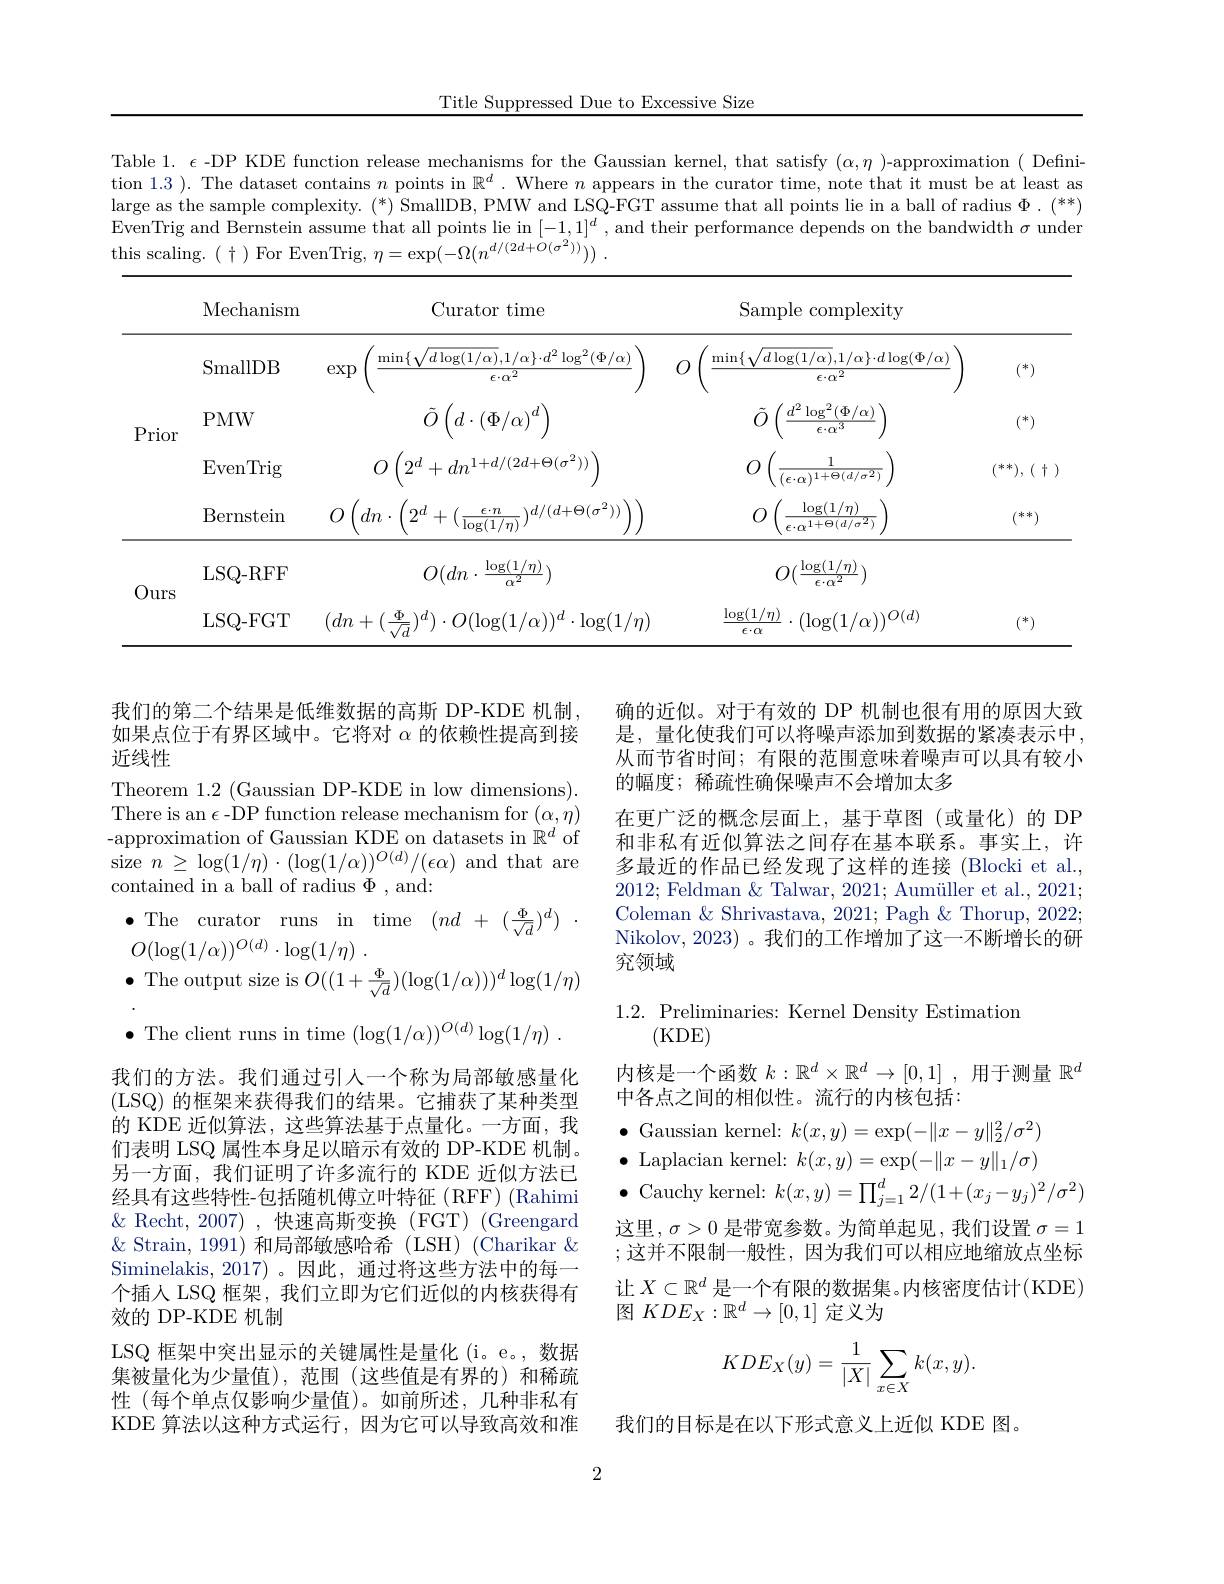
Title Suppressed Due to Excessive Size

Table $1.\epsilon$-DP KDE function release mechanisms for the Gaussian kernel, that satisfy $(\alpha,\eta)$-approximation ( Definition 1.3 ). The dataset contains $n$ points in $\mathbb{R}^d.$ Where $n$ appears in the curator time, note that it must be at least as large as the sample complexity. $(^*)$ SmallDB, PMW and LSQ-FGT assume that all points lie in a ball of radius $\Phi.(^{**})$ EvenTrig and Bernstein assume that all points lie in $[-1,1]^d$, and their performance depends on the bandwidth $\sigma$ under this scaling.(~+~)~For~EvenTrig,~$\eta=\exp(-\Omega(n^{d/(2d+O(\sigma^{2}))}))~.$

<table>
	<tbody>
		<tr>
			<th> </th>
			<th>Mechanism</th>
			<th>Curator time</th>
			<th>Curator time</th>
			<th>Sample $\operatorname{complexity}$</th>
			<th> </th>
		</tr>
		<tr>
			<td rowspan="3">Prior</td>
			<td>SmallDB</td>
			<td>$\operatorname*{min}\{\sqrt{c}$ ${\sqrt{d\log(1/\alpha)}},1/\alpha\}\cdot d^{2}\log^{2}(\Phi/\alpha)$ $xp$ $\epsilon\cdot\alpha^{2}$</td>
			<td>$\operatorname*{min}\{\sqrt{d\log(1/\alpha)},1/\alpha\}\cdot d^{2}\log^{2}(\Phi/\alpha)$ $\epsilon\cdot\alpha^{2}$</td>
			<td>$\operatorname*{min}\{v$ $d\log(1/\alpha),1/\alpha\}\cdot d\log(\Phi/\alpha)$ $\epsilon\cdot\alpha^2$</td>
			<td>$\binom{*}{1}$</td>
		</tr>
		<tr>
			<td>PMW</td>
			<td>$d\cdot\left(\Phi/\alpha\right)^{d}$ 70</td>
			<td>71 $\left(d\cdot\left(\Phi/\alpha\right)^{d}\right)$ T</td>
			<td>$\underline{d^2\log^2(\Phi/\alpha)}$ $\epsilon\cdot\alpha^{3}$</td>
			<td>$\binom{*}{2}$</td>
		</tr>
		<tr>
			<td>$\operatorname{EvenTrig}$</td>
			<td>$2^d$ $\pm dn^{1+d/(2d+\Theta(\sigma^{2}))}$</td>
			<td>$+dn^{1+d/(2d+\Theta(\sigma^{2}))}$ $9d$</td>
			<td>$(\epsilon\cdot\alpha)^{1+\Theta(d/\sigma^{2})}$</td>
			<td>$(^{**}),(1+$</td>
		</tr>
		<tr>
			<td> </td>
			<td>Bernstein</td>
			<td>$\epsilon\cdot n$ $)d/(d+\Theta(\sigma^{2}))$ $dn$ . 200 + $\sqrt{\log(1/\eta)}$</td>
			<td>$)d/(d+\Theta(\sigma^{2}))$ 1 $ln$ $9d$ + $\sqrt{\log(1/\eta)}$ $\epsilon\cdot n$ T 1</td>
			<td>$\log(1/\eta)$ $\epsilon\cdot{\mathcal O}^{1+\Theta(\:d/\sigma^{2})}$</td>
			<td>$\because=k*)$ 1</td>
		</tr>
		<tr>
			<td rowspan="2">Ours 1 -</td>
			<td>LSQ- RFF</td>
			<td>$O( dn$ . $\underline{\log(1/\eta)}$ $\alpha^{2}$</td>
			<td>$O(dn\cdot\frac{\log(1/\eta)}{2})$ $mZ$</td>
			<td>$O({\frac{\log(1/\eta)}{\mathrm{s}}}\times$ $f\cdot g^{2}$</td>
			<td> </td>
		</tr>
		<tr>
			<td>LSQ- FGT</td>
			<td>$dn+(\frac{\Phi}{\sqrt{g}})^{d})\cdot O(\log(1/\alpha))^{d}\cdot\log(1/\eta)$</td>
			<td>$)\cdot O(\log(1/\alpha))^{d}\cdot\log(1/\eta)$</td>
			<td>$\log(1/\eta)$ $\cdot(\log(1/\alpha))^{O(d)}$ $\epsilon\cdot\alpha$</td>
			<td>$\binom{*}{1}$</td>
		</tr>
	</tbody>
</table>

我们的第二个结果是低维数据的高斯 DP-KDE 机制如果点位于有界区域中。它将对$\alpha$的依赖性提高到接近线性

确的近似。对于有效的 DP 机制也很有用的原因大致是，量化使我们可以将噪声添加到数据的紧凑表示中， 从而节省时间；有限的范围意味着噪声可以具有较小的幅度；稀疏性确保噪声不会增加太多
在更广泛的概念层面上，基于草图(或量化)的 DP 和非私有近似算法之间存在基本联系。事实上，许多最近的作品已经发现了这样的连接(Blocki et al., 2012; Feldman & Talwar, 2021; Aumüller et al., 2021; Coleman & Shrivastava, 2021; Pagh & Thorup, 2022; Nikolov, 2023) 。我们的工作增加了这一不断增长的研究领域

## $1.2.{\mathrm{~Preliminaries:~Kernel~Density~Estimation}}$ (KDE)

Theorem 1.2 (Gaussian DP-KDE in low dimensions) There is an $\epsilon$-DP function release mechanism for $(\alpha,\eta)$ -approximation of Gaussian KDE on datasets in $\mathbb{R}^d$ of size $n\geq\log(1/\eta)\cdot(\log(1/\alpha))^{O(d)}/(\epsilon\alpha)$ and that are contained in a ball of radius $\Phi$,and:
$\bullet$The curator runs in time $( nd+ ( \frac \Phi {\sqrt {d}}) ^d)$
$O( \log ( 1/ \alpha ) ) ^{O( d) }\cdot \log ( 1/ \eta )$ .
$\bullet$ The output size is $O((1+\frac{\Phi}{\sqrt{d}})(\log(1/\alpha)))^d\log(1/\eta)$
$\bullet$ The client runs in time $( \log ( 1/ \alpha ) ) ^O( d) \log ( 1/ \eta )$ . 我们的方法。我们通过引人一个称为局部敏感量化(LSQ) 的框架来获得我们的结果。它捕获了某种类型的 KDE 近似算法，这些算法基于点量化。一方面，我们表明 LSQ 属性本身足以暗示有效的 DP-KDE 机制。另一方面，我们证明了许多流行的 KDE 近似方法已经具有这些特性-包括随机傅立叶特征(RFF)(Rahimi $\&$ Recht, 2007),快速高斯变换(FGT)(Greengard $\&$ Strain, 1991)和局部敏感哈希(LSH)(Charikar& Siminelakis, 2017)。因此，通过将这些方法中的每一个插人 LSQ 框架，我们立即为它们近似的内核获得有效的 DP-KDE 机制
LSQ 框架中突出显示的关键属性是量化(i。e。,数据集被量化为少量值),范围(这些值是有界的)和稀疏性 (每个单点仅影响少量值)。如前所述，几种非私有KDE 算法以这种方式运行，因为它可以导致高效和准

内核是一个函数$k:\mathbb{R}^d\times\mathbb{R}^d\to[0,1]$ ,用于测量$\mathbb{R}^d$
中各点之间的相似性。流行的内核包括：

$\bullet$ Cauchy kernel: $k(x,y)=\prod_j=1^d2/(1+(x_j-y_j)^2/\sigma^2)$

$\begin{array}{l}{\bullet\text{Gaussian kernel: }k(x,y)=\exp(-\|x-y\|_{2}^{2}/\sigma^{2})}\\{\bullet\text{ Laplacian kernel: }k(x,y)=\exp(-\|x-y\|_{1}/\sigma)}\end{array}$
这里，$\sigma>0$是带宽参数。为简单起见，我们设置$\sigma=1$ ;这并不限制一般性，因为我们可以相应地缩放点坐标让$X\subset\mathbb{R}^d$是一个有限的数据集。内核密度估计(KDE) 图$KDE_X:\mathbb{R}^d\to[0,1]$定义为
$$KDE_X(y)=\frac{1}{|X|}\sum_{x\in X}k(x,y).$$
我们的目标是在以下形式意义上近似 KDE 图。

2